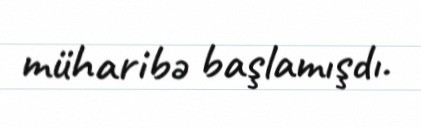
müharibə başlamışdı.